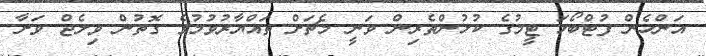
އަންހެން ފުޓްބޯޅަ ޓީމުގެ ކުޅުންތެރިން ވަނީ މެޗަށް ތައްޔާރުވުމުގެ ގޮތުން ވިލެޖް ވަށާ